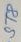
Text: ST8